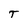
Character: T